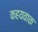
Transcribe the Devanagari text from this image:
कहयवाक